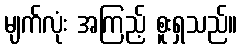
မျက်လုံး အကြည့် စူးရှသည်။